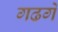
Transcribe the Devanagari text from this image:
गढगे